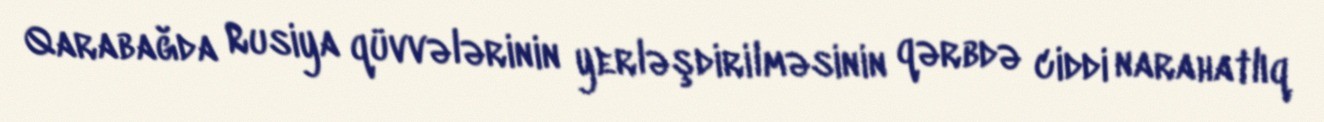
Qarabağda Rusiya qüvvələrinin yerləşdirilməsinin qərbdə ciddi narahatlıq